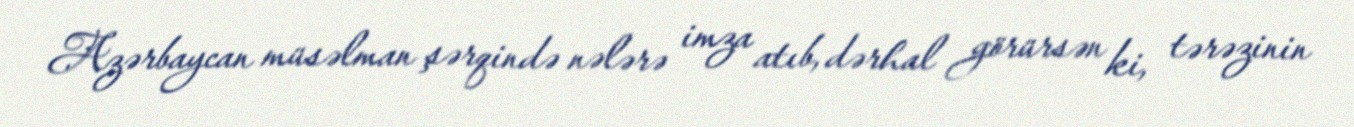
Azərbaycan müsəlman şərqində nələrə imza atıb, dərhal görürsən ki, tərəzinin